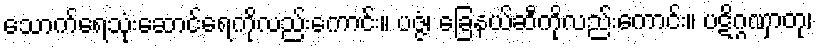
သောက်ရေသုံးဆောင်ရေကိုလည်းကောင်း။ ပဇ္ဇံ၊ ခြေနယ်ဆီကိုလည်းကောင်း။ ပဋိဂ္ဂဏှာတု၊